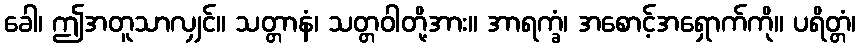
ခေါ၊ ဤအတူသာလျှင်။ သတ္တာနံ၊ သတ္တဝါတို့အား။ အာရက္ခံ၊ အစောင့်အရှောက်ကို။ ပရိတ္တံ၊